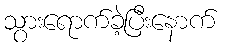
သွားရောက်ခဲ့ပြီးနောက်